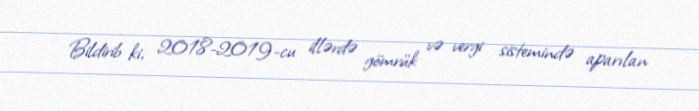
Bildirib ki, 2018-2019-cu illərdə gömrük və vergi sistemində aparılan